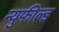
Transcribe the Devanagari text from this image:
न्युफील्ड